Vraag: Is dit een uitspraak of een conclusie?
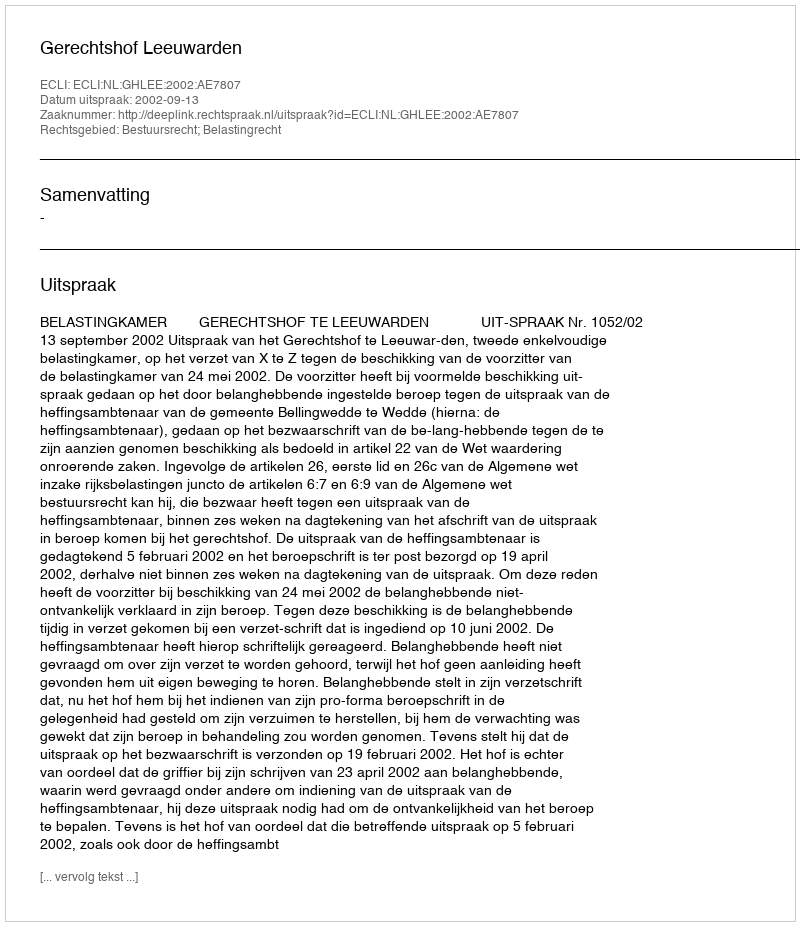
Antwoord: Uitspraak